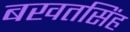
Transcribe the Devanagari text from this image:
बखतसिंह